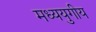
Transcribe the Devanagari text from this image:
मध्ययुगीय